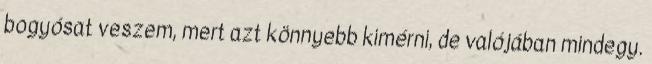
bogyósat veszem, mert azt könnyebb kimérni, de valójában mindegy.